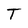
Character: T